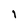
Character: l